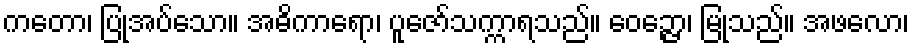
ကတော၊ ပြုအပ်သော။ အဓိကာရော၊ ပူဇော်သက္ကာရသည်။ ဝေဉ္ဇော၊ မြုံသည်။ အဖလော၊